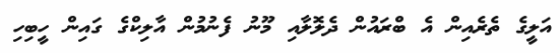
އަލީގެ ތެރެއިން އެ ބްރައުން ދެލޮލާއި މޫނު ފެނުމުން އާލިކްގެ ގައިން ހީބިހި